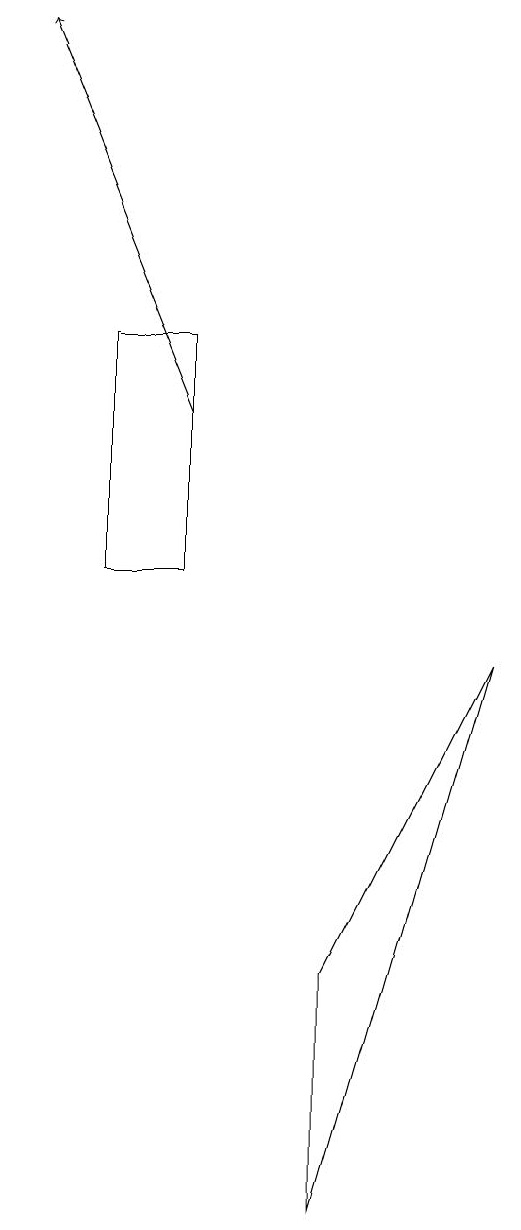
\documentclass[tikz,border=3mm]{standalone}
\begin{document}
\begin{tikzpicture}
\draw[->] (5,12) -- (3,17);
\draw (7,5) -- (7,2) -- (9,9) -- cycle;
\draw (5,10) rectangle (4,13);
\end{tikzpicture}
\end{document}